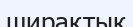
ширақтық